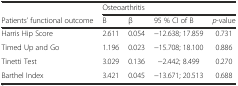
<table><thead><tr><td></td><td colspan="4"><b>Osteoarthritis</b></td></tr><tr><td><b>Patients’ functional outcome</b></td><td><b>B</b></td><td><b>β</b></td><td><b>95 % CI of B</b></td><td><b><i>p</i>-value</b></td></tr></thead><tbody><tr><td>Harris Hip Score</td><td>2.611</td><td>0.054</td><td>−12.638; 17.859</td><td>0.731</td></tr><tr><td>Timed Up and Go</td><td>1.196</td><td>0.023</td><td>−15.708; 18.100</td><td>0.886</td></tr><tr><td>Tinetti Test</td><td>3.029</td><td>0.136</td><td>−2.442; 8.499</td><td>0.270</td></tr><tr><td>Barthel Index</td><td>3.421</td><td>0.045</td><td>−13.671; 20.513</td><td>0.688</td></tr></tbody></table>